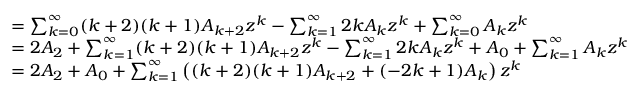
{ \begin{array} { r l } & { = \sum _ { k = 0 } ^ { \infty } ( k + 2 ) ( k + 1 ) A _ { k + 2 } z ^ { k } - \sum _ { k = 1 } ^ { \infty } 2 k A _ { k } z ^ { k } + \sum _ { k = 0 } ^ { \infty } A _ { k } z ^ { k } } \\ & { = 2 A _ { 2 } + \sum _ { k = 1 } ^ { \infty } ( k + 2 ) ( k + 1 ) A _ { k + 2 } z ^ { k } - \sum _ { k = 1 } ^ { \infty } 2 k A _ { k } z ^ { k } + A _ { 0 } + \sum _ { k = 1 } ^ { \infty } A _ { k } z ^ { k } } \\ & { = 2 A _ { 2 } + A _ { 0 } + \sum _ { k = 1 } ^ { \infty } \left( ( k + 2 ) ( k + 1 ) A _ { k + 2 } + ( - 2 k + 1 ) A _ { k } \right) z ^ { k } } \end{array} }